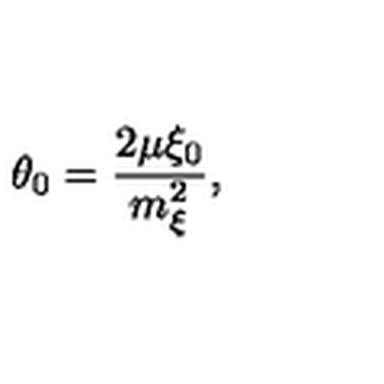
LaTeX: \: \theta _ { 0 } = \frac { 2 \mu \xi _ { 0 } } { m _ { \xi } ^ { 2 } } , \: